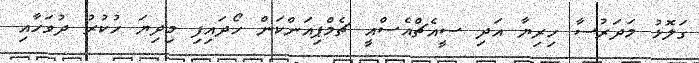
ގަލޮޅު މަދަރުސާ ހިރިޔާ އަދި ސީއެޗްއެސްއީ ޗެމްޕިއަންކަން ހޯދައިފި މިދިޔަ ހުކުރު ދުވަހާއި